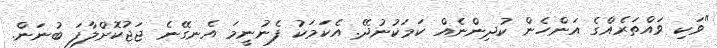
"ވަކި ވައްތަރެއްގެ އަންހެން ކުދިންނެއް ކަމަކުނުދޭ. އެކަމަކު ފެނުނީމަ އެނގޭނެ ޖަޖުކޮށްލާފަ ބުނަން.